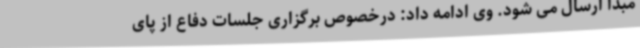
مبدأ ارسال می شود. وی ادامه داد: درخصوص برگزاری جلسات دفاع از پای